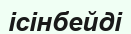
ісінбейді